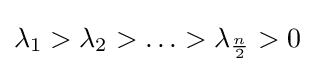
\lambda _{1}>\lambda _{2}>\ldots >\lambda _{\frac {n}{2}}>0